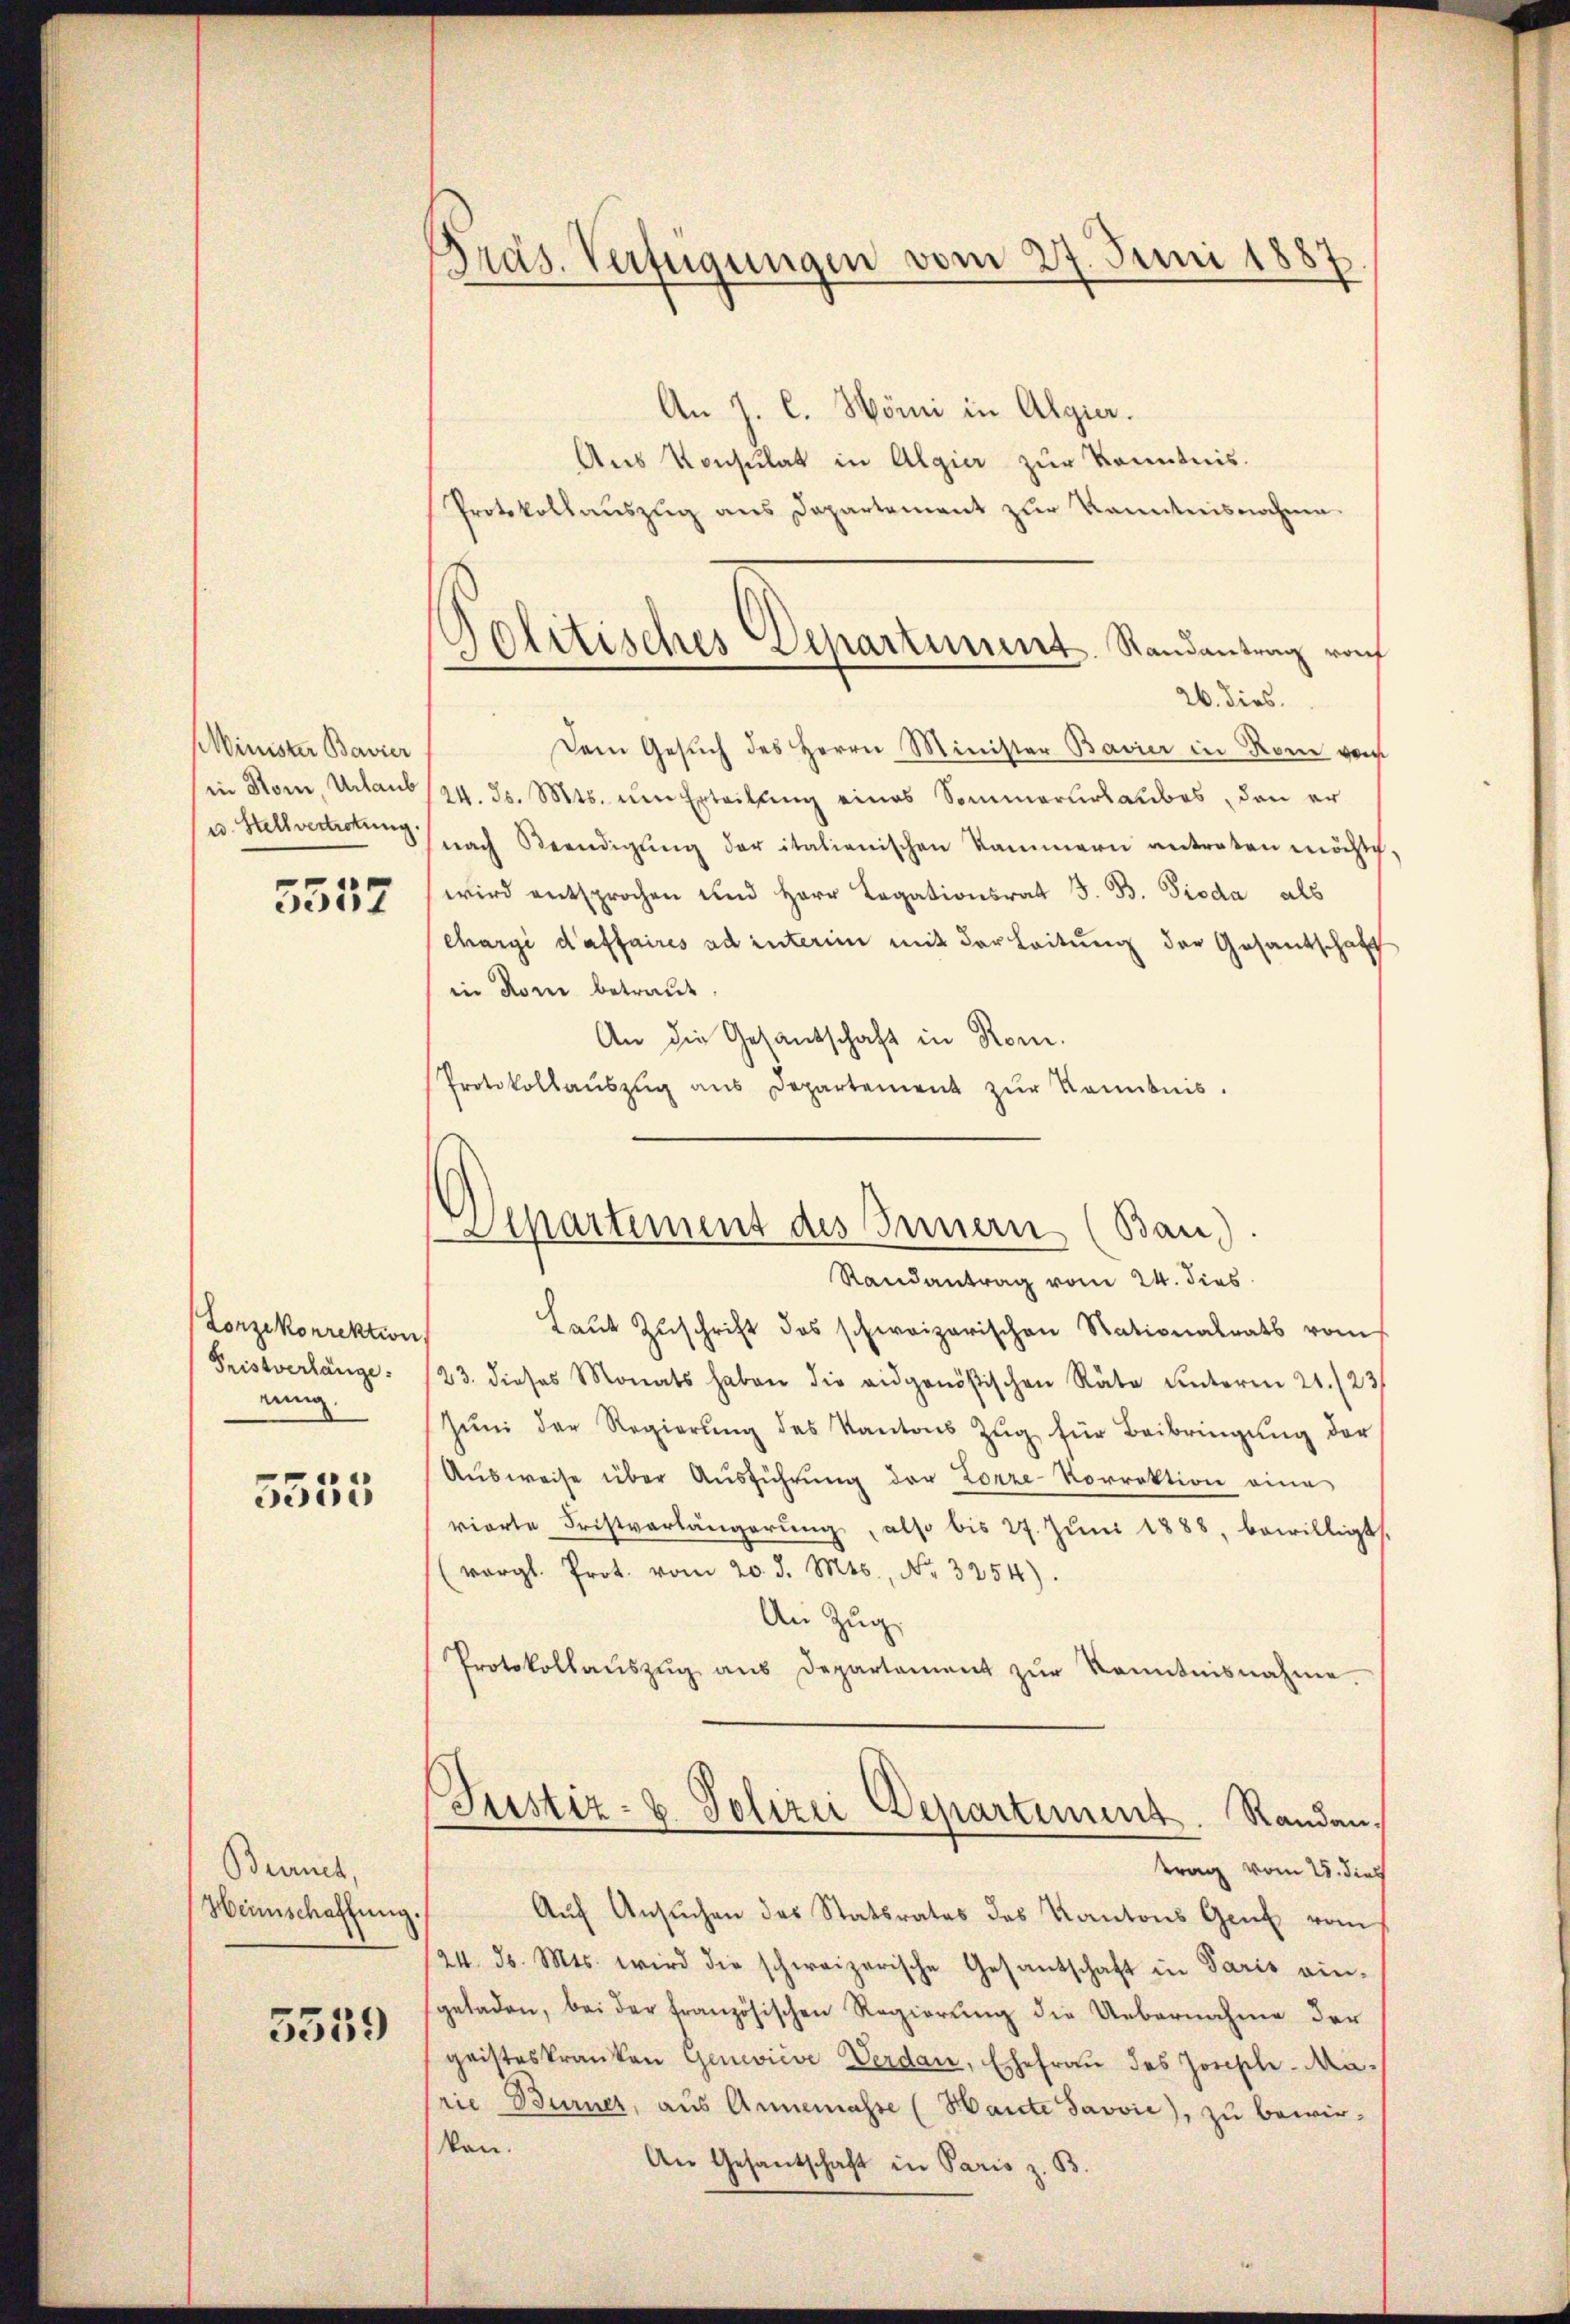
Minister Bavier
in Stom, Urlaub
u. Stellvertretung.

5557

Lorzekonrektion
Fristverlänge.
einig.

5555

Bernet,
Heimschaffung.

5559

Präs. Verfügungen vom 27. Juni 1887.

An J. C. Hörni in Algier.
Aus Konsulat in Algier zur Kenntnis.
Protokollauszug aus Departement zur Kanntnisnahme
26. dies.
Dem Gesŭch des Herrn Minister Bavier in Rone von
24. Js. Mts. um Erteilung eines Sommerurlaubes, den er
nach Beendigŭng der italienischen Kammern antraten möchtch,
wird entsprochen und Herr Legationsrat J. B. Pioda als
chargé d’affaires ad interim mit der Leitung der Gesantschaft
in Rom betraut.
An die Gesandschaft in Rom.
Protokollauszug aus Departement zur Kenntnis.

Politisches Separtiment. Randantrag rof

Separtement des Innern (Bau).
Randantrag vom 24. dies

Laŭt Zŭschrift des schweizerischen Nationalrats vom
/23. dieses Monats haben die eidgenößischen Räte unterm 21. 23
Jŭni der Regierŭng des Kantons Zŭg für Beibringŭng der
Aŭsweise über Aŭsführŭng der Lorze-Vorrektion eine
vierte Fristverlängerung, also bis 27. Juni 1888, bewilligt.
(vergl. Prot. vom 20. d. Mts., Nr. 3254).
An Zug,
Protokollaŭszŭg aŭs Departament zŭr Kenntnisnahme.
Justiz- & Polizei Departiment. Randantrag vom 25. dies
Aŭf Ansŭchen des Statsrates des Kantons Gent vom
24. d. Mts. wird die schweizerische Gesandschaft in Paris ein-
geladen, bei der französischen Regierŭng die Uebernahme der
geisteskranken Gemeinde Verdan, Ehefrau des Joschile-Maprie Burner, aus Annemasse (Haute Javvić), zu bewirkan.
An Gesantschaft in Paris z. B.